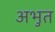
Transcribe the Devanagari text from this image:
अभुत